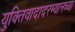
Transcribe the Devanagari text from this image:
युक्तिवादादरम्यानच्या